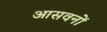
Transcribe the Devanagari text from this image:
आसवनों